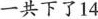
一共下了14